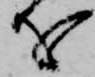
を